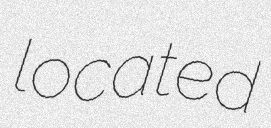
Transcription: located